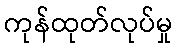
ကုန်ထုတ်လုပ်မှု